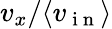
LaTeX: v_{x}/\langle v_{\mathrm{~i~n~}}\rangle